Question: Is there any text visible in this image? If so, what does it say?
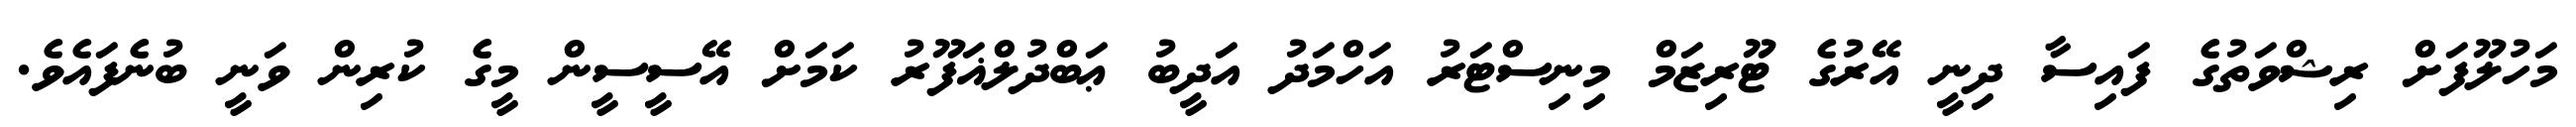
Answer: މަހުލޫފަށް ރިޝްވަތުގެ ފައިސާ ދިނީ އޭރުގެ ޓޫރިޒަމް މިނިސްޓަރު އަހްމަދު އަދީބު ޢަބްދުލްޣަފޫރު ކަމަށް އޭސީސީން މީގެ ކުރިން ވަނީ ބުނެފައެވެ.